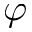
\varphi